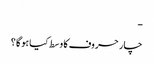
-
چار حروف کا وسط کیا ہوگا ؟